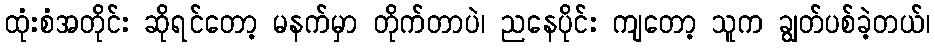
ထုံးစံအတိုင်း ဆိုရင်တော့ မနက်မှာ တိုက်တာပဲ၊ ညနေပိုင်း ကျတော့ သူက ချွတ်ပစ်ခဲ့တယ်၊